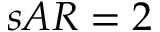
s A R = 2